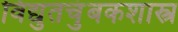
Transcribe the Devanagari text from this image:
विद्युतचुंबकशास्त्र